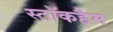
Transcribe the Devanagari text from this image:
स्टॉकहैम